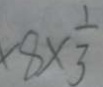
\times 8 \times \frac { 1 } { 3 }